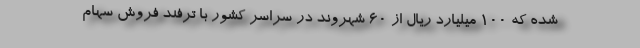
شده که ۱۰۰ میلیارد ریال از ۶۰ شهروند در سراسر کشور با ترفند فروش سهام